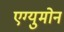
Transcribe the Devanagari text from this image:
एग्युमोन